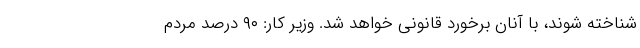
شناخته شوند، با آنان برخورد قانونی خواهد شد. وزیر کار: ۹۰ درصد مردم